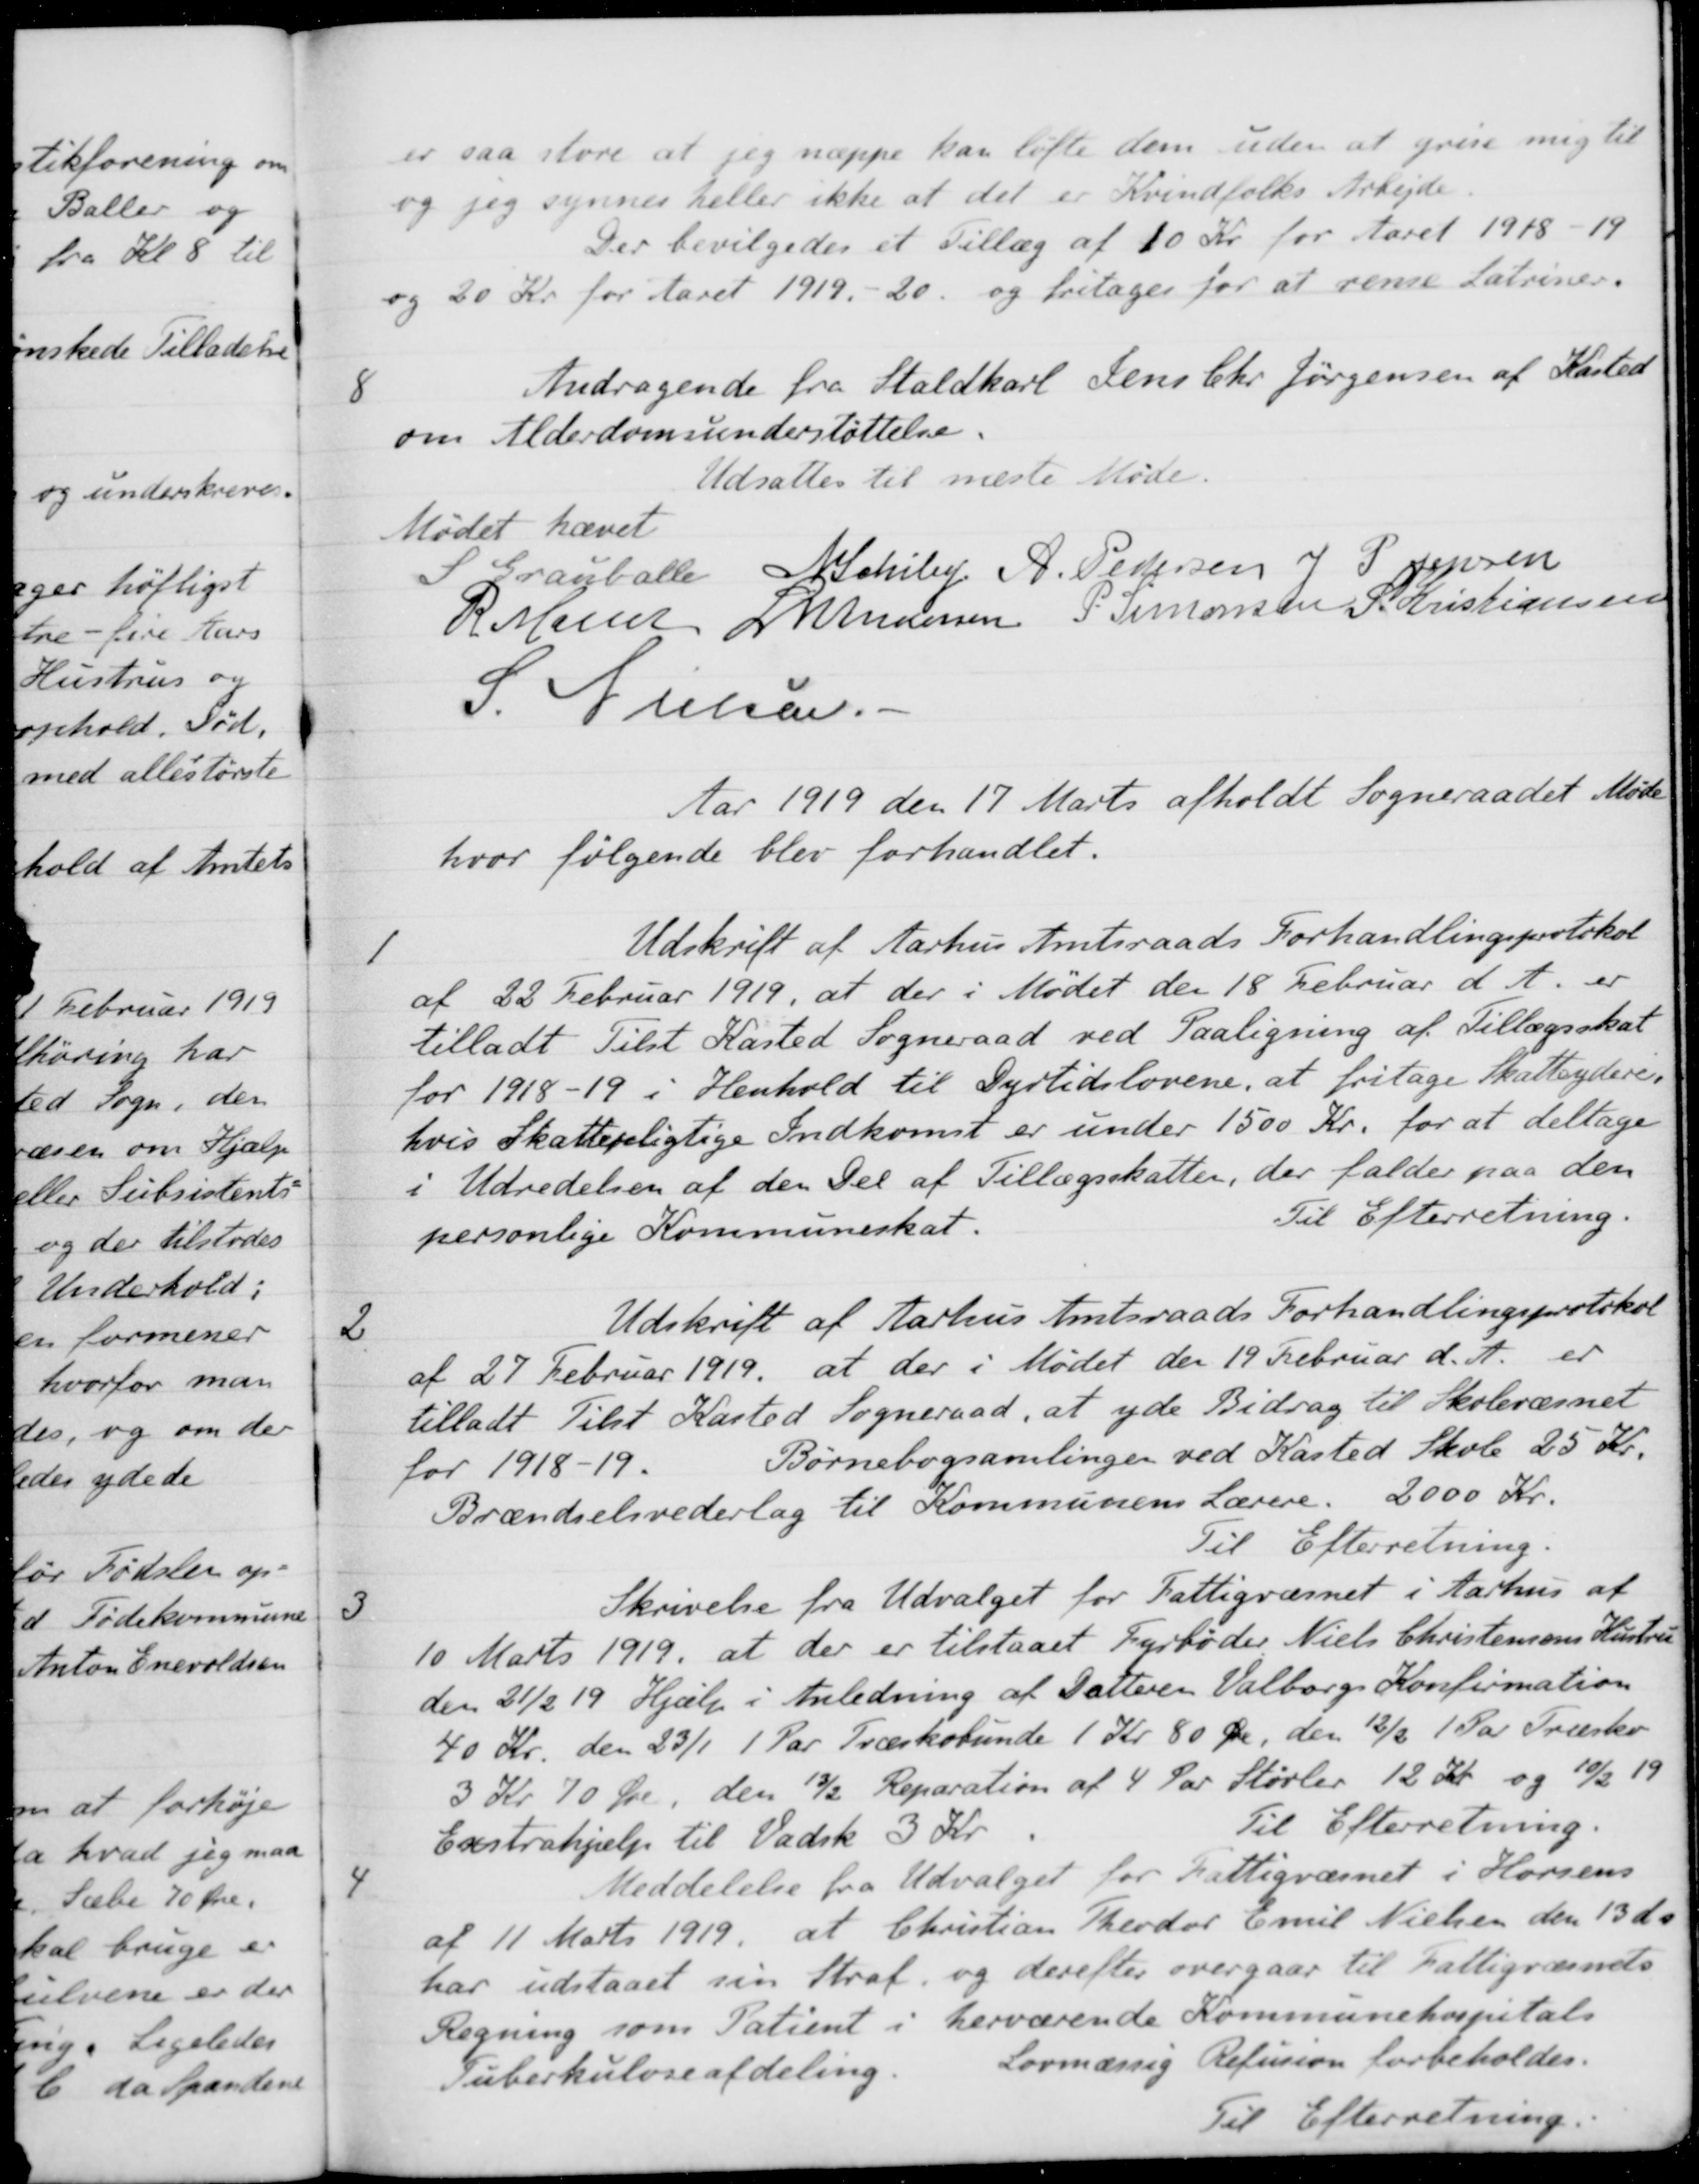
Transskription:
er saa store at jeg næppe kan løfte dem uden at grise mig til
og jeg synnes heller ikke at det er Kvindfolks Arbejde
Der bevilgedes et Tillæg af 10 Kr for Aaret 1918-19
og 20 Kr for Aaret 1919,-20, og fritages for at rense Latriner.
8
Andragende fra Staldkarl Jens Chr Jørgensen af Kasted
om Alderdomsunderstøttelse.
Udsattes til næste Møde.
Mødet hævet
S Grauballe
N. Schiby
A. Pedersen
J. P. Jensen
R Møller
L M Andersen
P. Simonsen
S. Kristiansen
S. Nielsen
Aar 1919 den 17 Marts afholdt Sogneraadet Møde
hvor følgende blev forhandlet.
1
Udskrift af Aarhus Amtsraads Forhandlingsprotokol
af 22 Februar 1919, at der i Mødet den 18 Februar d. A. er
tilladt Tilst Kasted Sogneraad ved Paaligning af Tillægsskat
for 1918-19 i Henhold til Dyrtidslovene, at fritage Skatteydere.
hvis Skattepligtige Indkomst er under 1500 Kr. for at deltage
i Udredelsen af den Del af Tillægsskatter, der falder paa den
personlige Kommuneskat.
Til Efterretning.
2
Udskrift af Aarhus Amtsraads Forhandlingsprotokol
af 27 Februar 1919, at der i Mødet den 19 Februar d. A. er
tilladt Tilst Kasted Sogneraad, at yde Bidrag til Skolevæsnet
for 1918-19.
Børnebogsamlingen ved Kasted Skole 25 Kr.
Brændselsvederlag til Kommunens Lærere. 2000 Kr.
Til Efterretning.
3
Skrivelse fra Udvalget for Fattigvæsnet i Aarhus af
10 Marts 1919, at der er tilstaaet Fyrbøder Niels Christensens Hustru
den 21/2 19 Hjælp i Anledning af Datteren Valborgs Konfirmation
40 Kr. den 23/1 1 Par Træskobunde 1 Kr. 80 Øre, den 12/2 1 Par Træsko
3 Kr 70 Øre, den 13/2 Reparation af 4 Par Støvler 12 Kr og 10/2 19
Exstrahjælp til Vadsk 3 Kr
Til Efterretning
4
Meddelelse fra Udvalget for Fattigvæsnet i Horsens
af 11 Marts 1919, at Christian Theodor Emil Nielsen den 13 ds
har udstaaet sin Straf, og derefter overgaar til Fattigvæsnets
Regning som Patient i herværende Kommunehospitals
Tuberkuloseafdeling.
Lovmæssig Refusion forbeholdes.
Til Efterretning.